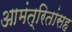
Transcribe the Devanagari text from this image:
आमंत्रितांसह